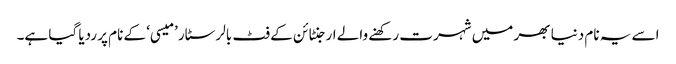
اسے یہ نام دنیا بھر میں شہرت رکھنے والے ارجنٹائن کے فٹ بالر سٹار ’میسی‘ کے نام پر ردیا گیا ہے۔